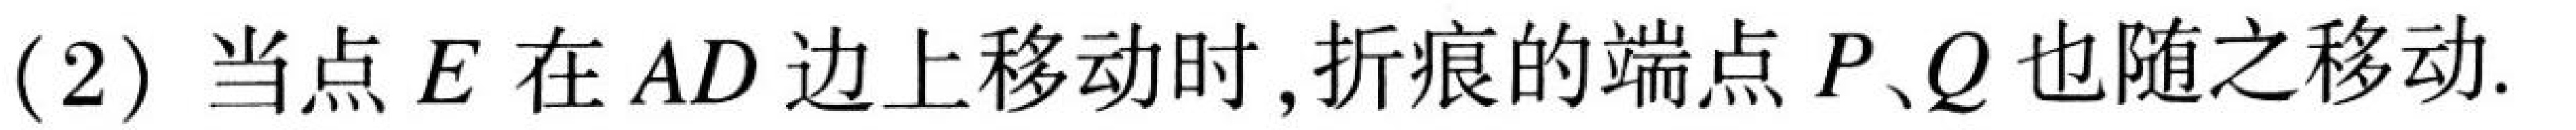
(2) 当点 \(E\) 在 \(AD\) 边上移动时，折痕的端点 \(P、Q\) 也随之移动.